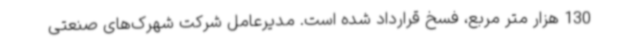
130 هزار متر مربع، فسخ قرارداد شده است. مدیرعامل شرکت شهرک‌های صنعتی